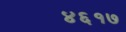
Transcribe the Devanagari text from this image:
४६१७